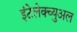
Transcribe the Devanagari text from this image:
इंटेलेक्च्युअल